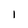
Character: l